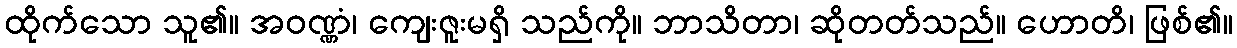
ထိုက်သော သူ၏။ အဝဏ္ဏံ၊ ကျေးဇူးမရှိ သည်ကို။ ဘာသိတာ၊ ဆိုတတ်သည်။ ဟောတိ၊ ဖြစ်၏။